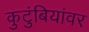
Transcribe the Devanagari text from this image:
कुटुंबियांवर